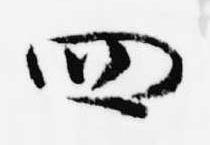
四